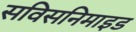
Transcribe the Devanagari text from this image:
सविसनिमाइड